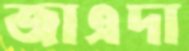
জাএদা